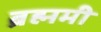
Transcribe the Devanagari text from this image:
ब्रह्ममी